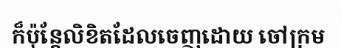
ក៏ប៉ុន្តែលិខិតដែលចេញដោយ ចៅក្រម